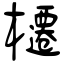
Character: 櫏